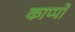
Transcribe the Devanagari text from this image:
काप्पो